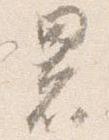
署